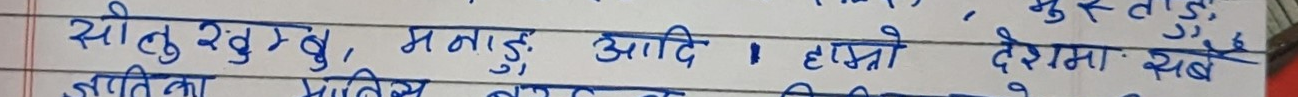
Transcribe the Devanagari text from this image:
सीतुलु खुम्बु, मनाङ्, आदि । हाम्रो देशमा थुप्रै